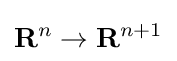
\mathbf {R} ^{n}\to \mathbf {R} ^{n+1}